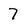
Character: 7